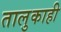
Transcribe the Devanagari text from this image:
तालुकाही